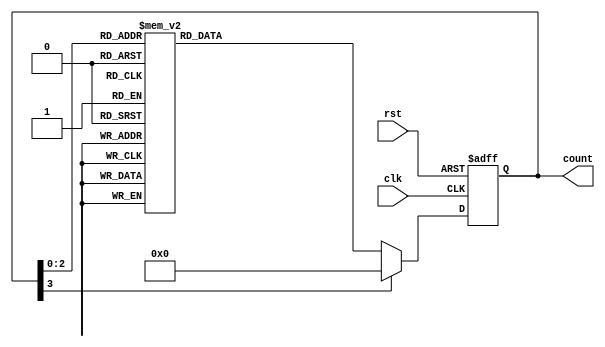
module gray_code_ring_counter(
    input clk,
    input rst,
    output reg [3:0] count
);

always @(posedge clk or posedge rst) begin
    if (rst) begin
        count <= 4'h0;
    end else begin
        case(count)
            4'h0: count <= 4'h1;
            4'h1: count <= 4'h3;
            4'h3: count <= 4'h2;
            4'h2: count <= 4'h6;
            4'h6: count <= 4'h4;
            4'h4: count <= 4'h5;
            4'h5: count <= 4'h7;
            4'h7: count <= 4'h0;
            default: count <= 4'h0;
        endcase
    end
end

endmodule